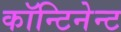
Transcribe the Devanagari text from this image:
कॉन्टिनेन्ट